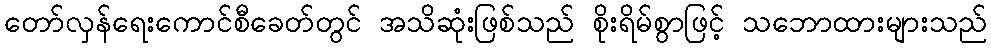
တော်လှန်ရေးကောင်စီခေတ်တွင် အသိဆုံးဖြစ်သည် စိုးရိမ်စွာဖြင့် သဘောထားများသည်